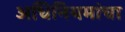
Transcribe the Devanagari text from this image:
अधिनियमांचा